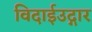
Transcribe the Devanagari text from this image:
विदाईउद्गार